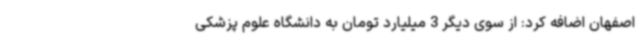
اصفهان اضافه کرد: از سوی دیگر 3 میلیارد تومان به دانشگاه علوم پزشکی